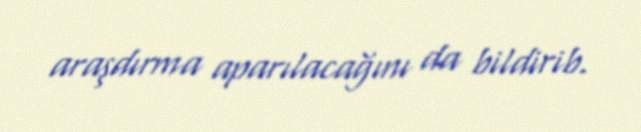
araşdırma aparılacağını da bildirib.